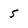
Character: 5